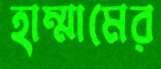
হাম্মামের